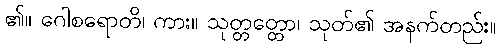
၏။ ဂေါစရောတိ၊ ကား။ သုတ္တတ္ထော၊ သုတ်၏ အနက်တည်း။